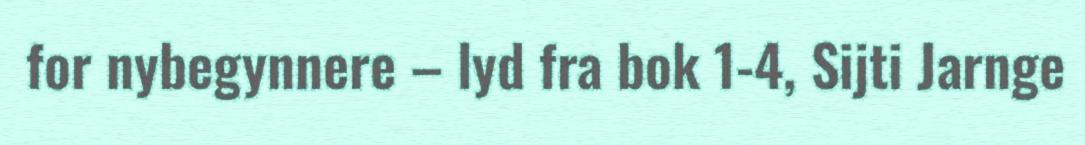
for nybegynnere – lyd fra bok 1-4, Sijti Jarnge